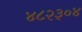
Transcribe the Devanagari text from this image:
४८२३०४